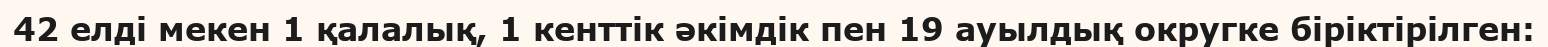
42 елді мекен 1 қалалық, 1 кенттік әкімдік пен 19 ауылдық округке біріктірілген: